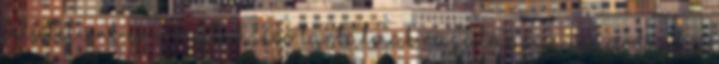
felületeink és a rajtuk lévő tartalmak rugalmasan igazodnak a